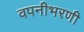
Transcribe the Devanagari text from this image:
वपनीभरणी